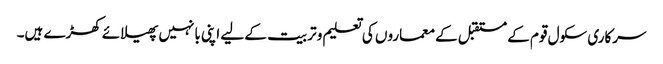
سرکاری سکول قوم کے مستقبل کے معماروں کی تعلیم و تربیت کے لیے اپنی بانہیں پھیلائے کھڑے ہیں۔